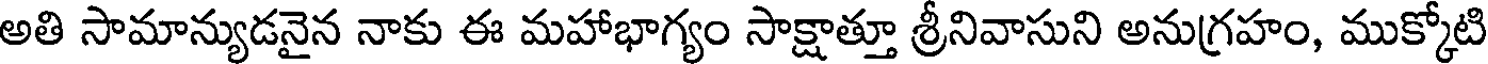
అతి సామాన్యుడనైన నాకు ఈ మహాభాగ్యం సాక్షాత్తూ శ్రీనివాసుని అనుగ్రహం, ముక్కోటి